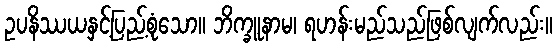
ဥပနိဿယနှင့်ပြည့်စုံသော။ ဘိက္ခူနာမ၊ ရဟန်းမည်သည်ဖြစ်လျက်လည်း။